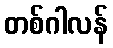
တစ်ဂါလန်